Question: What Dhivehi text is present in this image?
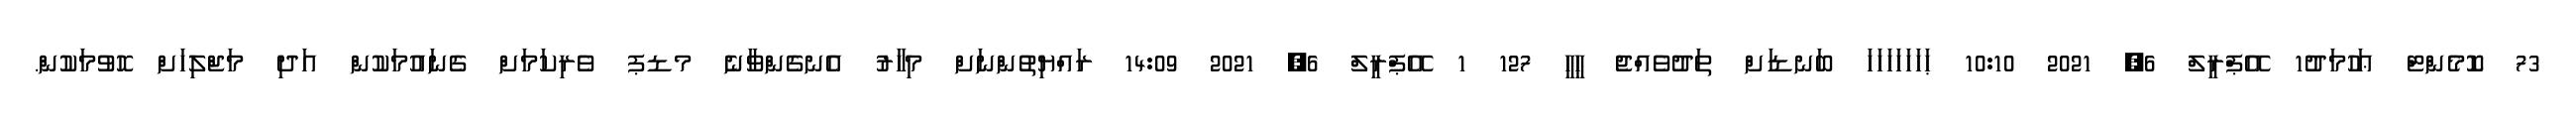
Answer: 73 ކޮމެންޓް ޢަހުމަދު1 އޭޕްރީލް 6, 2021 10:10 ޙަހަހަހަހަހަހަ ބަނޑަށް ތަދުވެއްޖެ ހީހީ 127 1 އޭޕްރީލް 6, 2021 14:09 ރައްޔިތުންނަށް މިހާރު އެނގެންވާނެ މޑޕ ވެރިކަމަށް ގެނައުމަކުން އަދި މަޖްލިހަށް ހޮވުމަކުން.